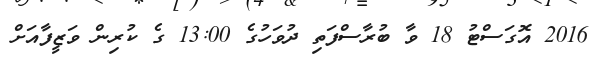
2016 އޮގަސްޓު 18 ވާ ބުރާސްފަތި ދުވަހުގެ 13:00 ގެ ކުރިން ވަޒީފާއަށް